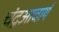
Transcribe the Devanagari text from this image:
चंद्रआचार्य